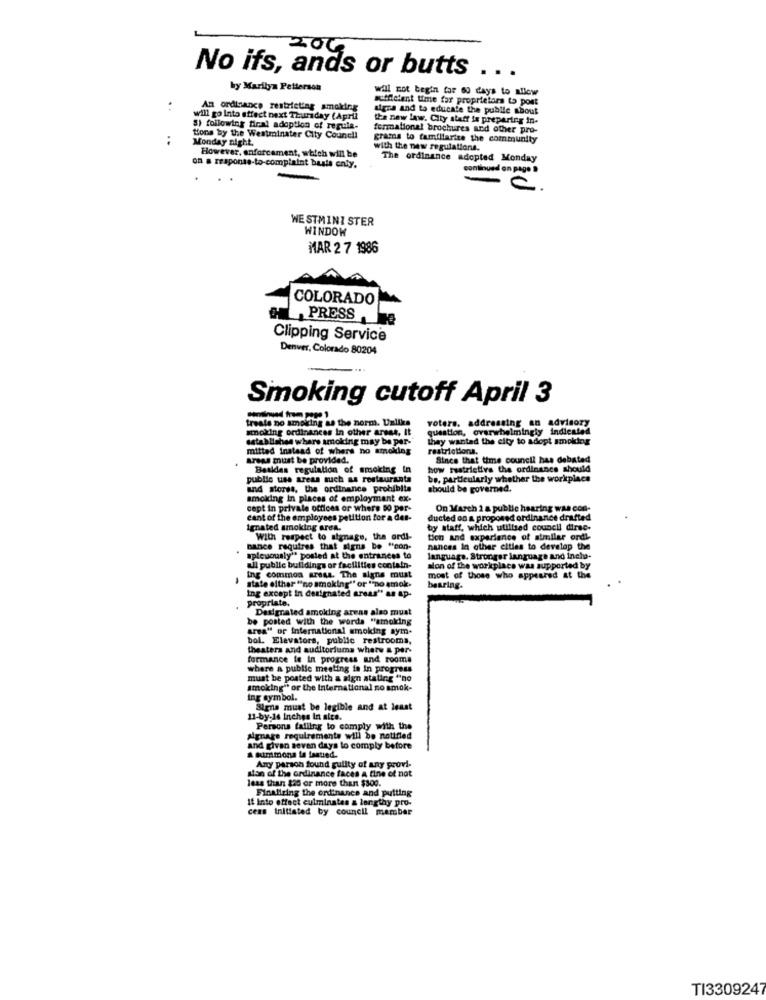
20G
No ifs, ands or butts
...
by Marilyn Petterson
will not begin for 60 days to allow
suffletent time far proprietors to post
. .
An ordinance restricting smoking
signa and to educate the publie about
will go Into effect next Thursday (April
the new law. City staff is preparing in-
8) following tiral adoption of regula-
formational brochures and other pro-
..
tions by the Westminater City Council
Monday night.
grama to familiarize the community
with the new regulations.
However, enforcement, which will be
The ordinance adopted Monday
on a response-to-complaint buste only.
continued on page »
...
WESTMINI STER
WINDOW
MAR 2 7 1986
COLORADO
PRESS
Clipping Service
Denver, Colorado 80204
Smoking cutoff April 3
treats no smoking as the norm. Unlike
voters, addressing an advisory
smoking ordinances in other areas, It
question, overwhelmingly indicated
establishes whare smoking may be par-
they wanted the city to adopt smoking
mitted instead of where no smoking
restrictions.
areas must be provided.
Since that time council has debated
Besides regulation of smoking in
how restrictiva the ordinance should
public use areas such as restauranta
be, particularly whether the workplace
and stores, the ordinance prohibits
should be governed.
smoking in places of employment ex-
capt in private offices or where 50 per-
On March 1 & public hearing was con-
cant of the employees petition for a des-
ducted on a proposed ordinance drafted
ignated smoking area.
by staff, which utilised council dirse-
With respect to signage, the ordi-
tion and experience of similar ord!
nance requires that signs be "con-
nances in other cities to develop the
spicuously" posled at the entrances to
language. Stronger language and inela-
ul public buildings or facilities contain-
alon of the workplace was supported by
ing common areas. The signs must
most of those who appeared at the
state elthar ""no smoking" or ""no amok.
Ing except in designated areas" an ap-
bearing.
propriate.
Designated smoking areas also must
be posted with the words "smoking
area" or International smoking sym-
bol. Elevators, public restrooma,
theaters and auditoriums where & per-
formance le In progress and rooms
where a public meeting in In progress
must be posted with a sign atating "no
smoking" or the International no smok-
ing symbol.
Signe must be legible and at least
11-by-16 Inches In size.
Persons falling to comply with the
signage requirements will be notified
and given seven days to comply before
a summons in fastind.
son of the ordinance faces A fine of not
Any parson found guilty of any provi-
less than $20 or more than $300.
Finalizing the ordinance and putting
It into effect culminates & lengthy pro-
cens Initiated by council member
TI3309247